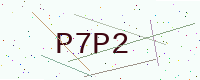
Text: P7P2